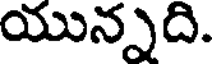
యున్నది.